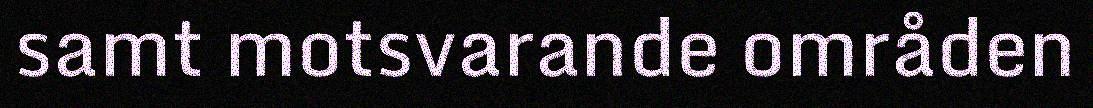
samt motsvarande områden